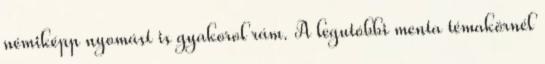
némiképp nyomást is gyakorol rám. A legutóbbi menta témakörnél